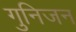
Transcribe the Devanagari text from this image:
गुनिजन